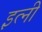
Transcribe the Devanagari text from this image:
इत्नी